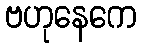
ဗဟုနေကေ